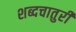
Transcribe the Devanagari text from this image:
शब्दचातुरी